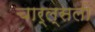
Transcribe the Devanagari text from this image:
चार्ल्सली